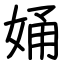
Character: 㛚